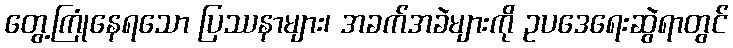
တွေ့ကြုံနေရသော ပြဿနာများ၊ အခက်အခဲများကို ဥပဒေရေးဆွဲရာတွင်